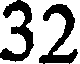
32